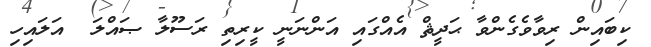
ކިބައިން ރިވާވެގެންވާ ޙަދީޘް އެއްގައި އަންނަނީ ކީރިތި ރަސޫލާ ޞައްލަ  އަލައިހި